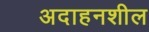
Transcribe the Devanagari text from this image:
अदाहनशील